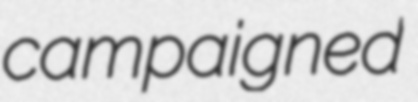
campaigned